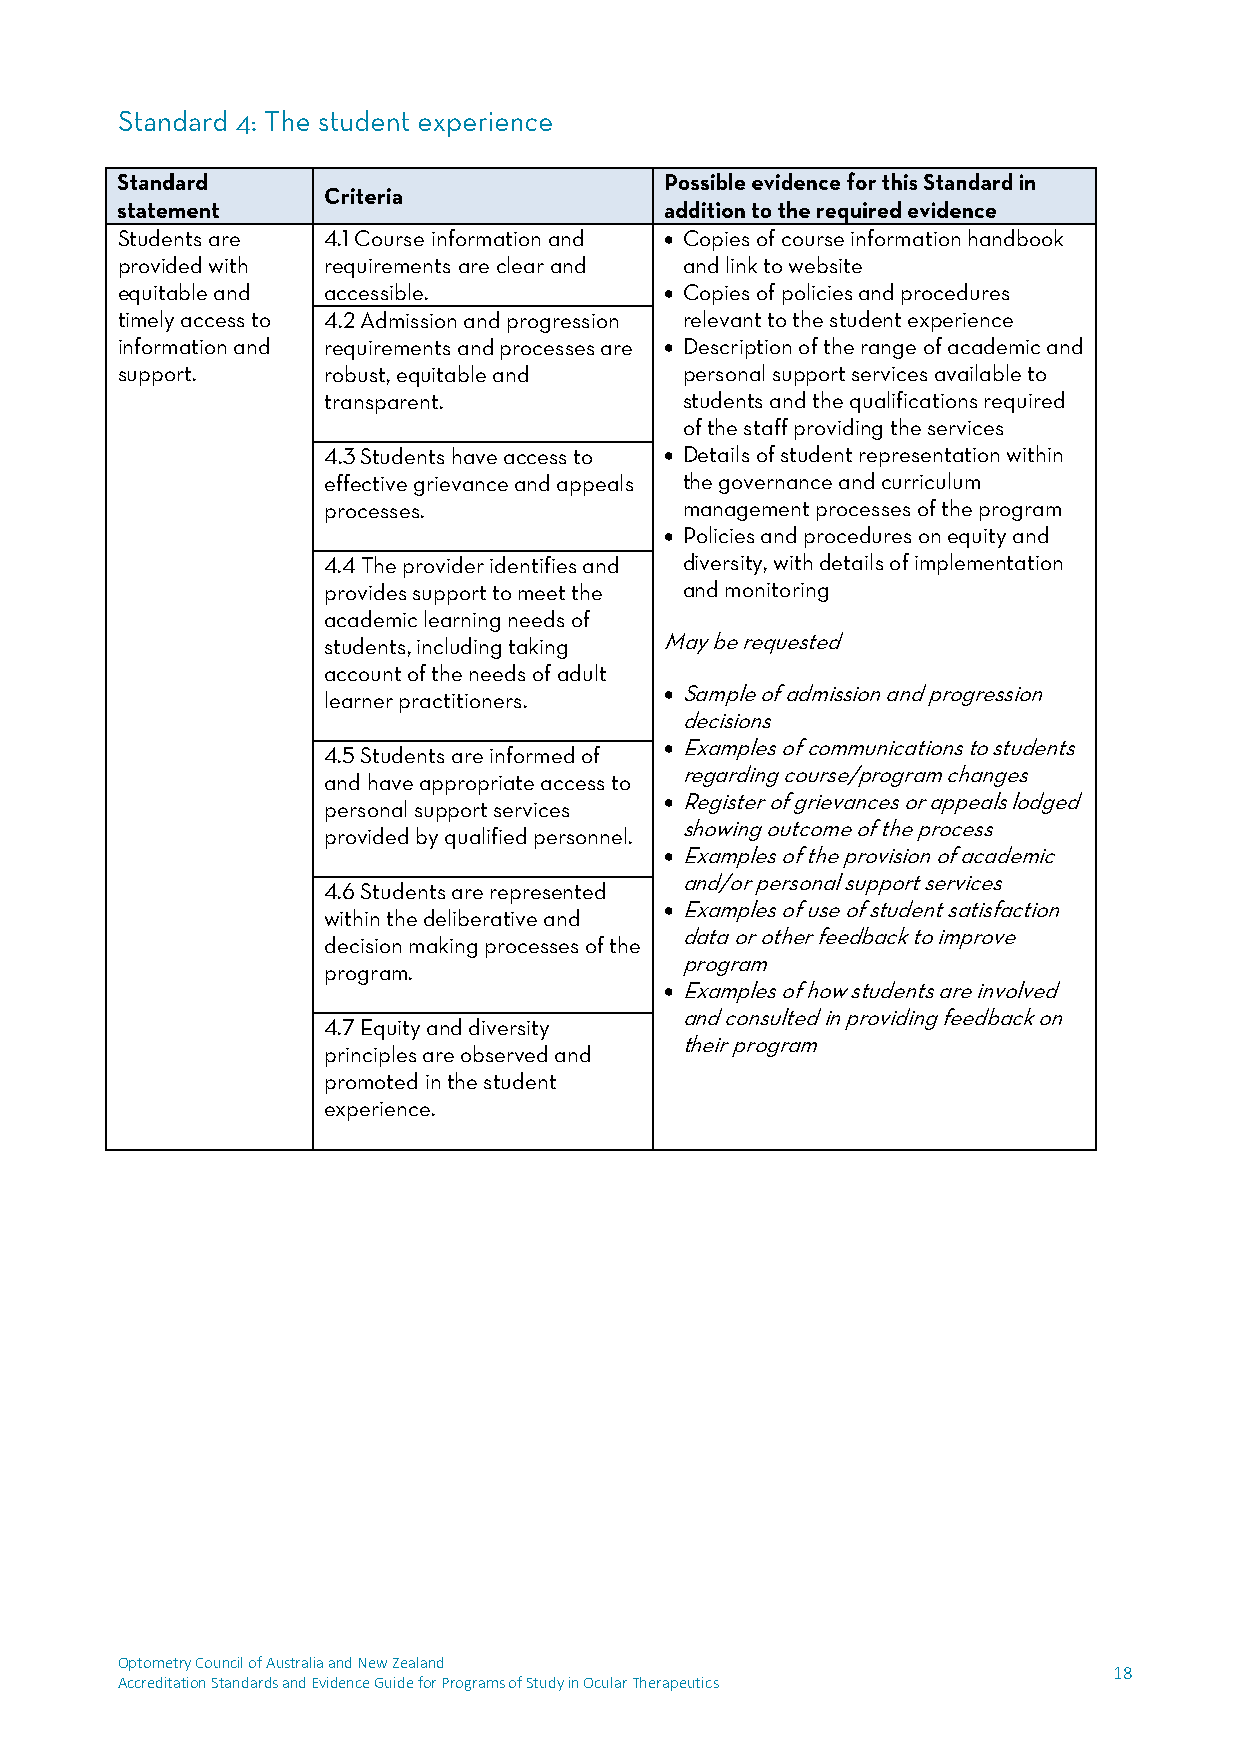
Students are 4.1 Course information and  Copies of course information handbook
 provided with requirements are clear and and link to website
 equitable and accessible.            Copies of policies and procedures
 timely access to 4.2 Admission and progression relevant to the student experience
 information and requirements and processes are  Description of the range of academic and
 support.     robust, equitable and   personal support services available to
 transparent.            students and the qualifications required
 of the staff providing the services
 4.3 Students have access to  Details of student representation within
 effective grievance and appeals the governance and curriculum
 processes.              management processes of the program
  Policies and procedures on equity and
 4.4 The provider identifies and diversity, with details of implementation
 provides support to meet the and monitoring
 academic learning needs of
 students, including taking May be requested
 account of the needs of adult
 learner practitioners.  Sample of admission and progression
 decisions
 4.5 Students are informed of  Examples of communications to students
 regarding course/program changes
 and have appropriate access to
 personal support services  Register of grievances or appeals lodged
 showing outcome of the process
 provided by qualified personnel.
  Examples of the provision of academic
 and/or personal support services
 4.6 Students are represented
  Examples of use of student satisfaction
 within the deliberative and
 data or other feedback to improve
 decision making processes of the
 program
 program.
  Examples of how students are involved
 and consulted in providing feedback on
 4.7 Equity and diversity
 their program
 principles are observed and
 promoted in the student
 experience.
 Optometry Council of Australia and New Zealand
 18
 Accreditation Standards and Evidence Guide for Programs of Study in Ocular Therapeutics